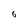
Character: 6